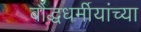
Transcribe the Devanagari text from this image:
बौद्धधर्मीयांच्या